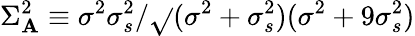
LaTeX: \Sigma_{\mathbf{A}}^{2}\equiv\sigma^{2}\sigma_{s}^{2}/\sqrt{}{{(\sigma^{2}+\sigma_{s}^{2})(\sigma^{2}+9\sigma_{s}^{2})}}